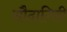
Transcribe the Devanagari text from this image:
सौदागिरी